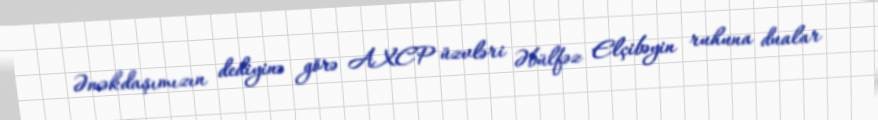
Əməkdaşımızın dediyinə görə AXCP üzvləri Əbülfəz Elçibəyin ruhuna dualar